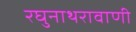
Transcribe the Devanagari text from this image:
रघुनाथरावाणी